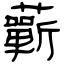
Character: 蘄